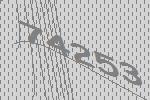
74253